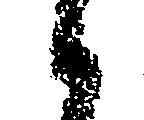
候